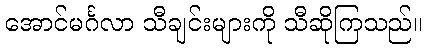
အောင်မင်္ဂလာ သီချင်းများကို သီဆိုကြသည်။